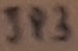
Text: Jp3